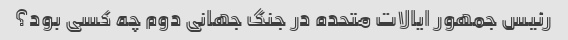
رئیس جمهور ایالات متحده در جنگ جهانی دوم چه کسی بود؟